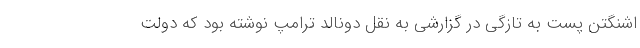
اشنگتن پست به تازگی در گزارشی به نقل دونالد ترامپ نوشته بود که دولت